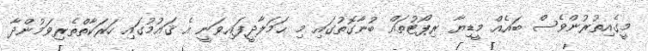
މީގެއިތުރުންވެސް ބައެއް މީޑިޔާ ރިޕޯޓުތައް ބުނާގޮތުގައި މި ޙަމަލާދީފައިވަނީ އެ ޤައުމުގައި ހަރަކާތްތެރިވަމުންދާ